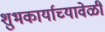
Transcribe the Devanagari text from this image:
शुभकार्याच्यावेळी